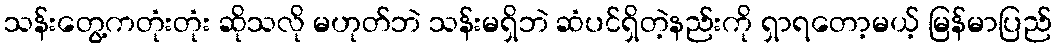
သန်းတွေ့ကတုံးတုံး ဆိုသလို မဟုတ်ဘဲ သန်းမရှိဘဲ ဆံပင်ရှိတဲ့နည်းကို ရှာရတော့မယ့် မြန်မာပြည်